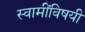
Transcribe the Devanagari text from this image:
स्वामींविषयी